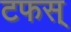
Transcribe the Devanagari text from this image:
टफस्